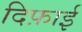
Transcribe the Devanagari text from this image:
दिफ़ाई